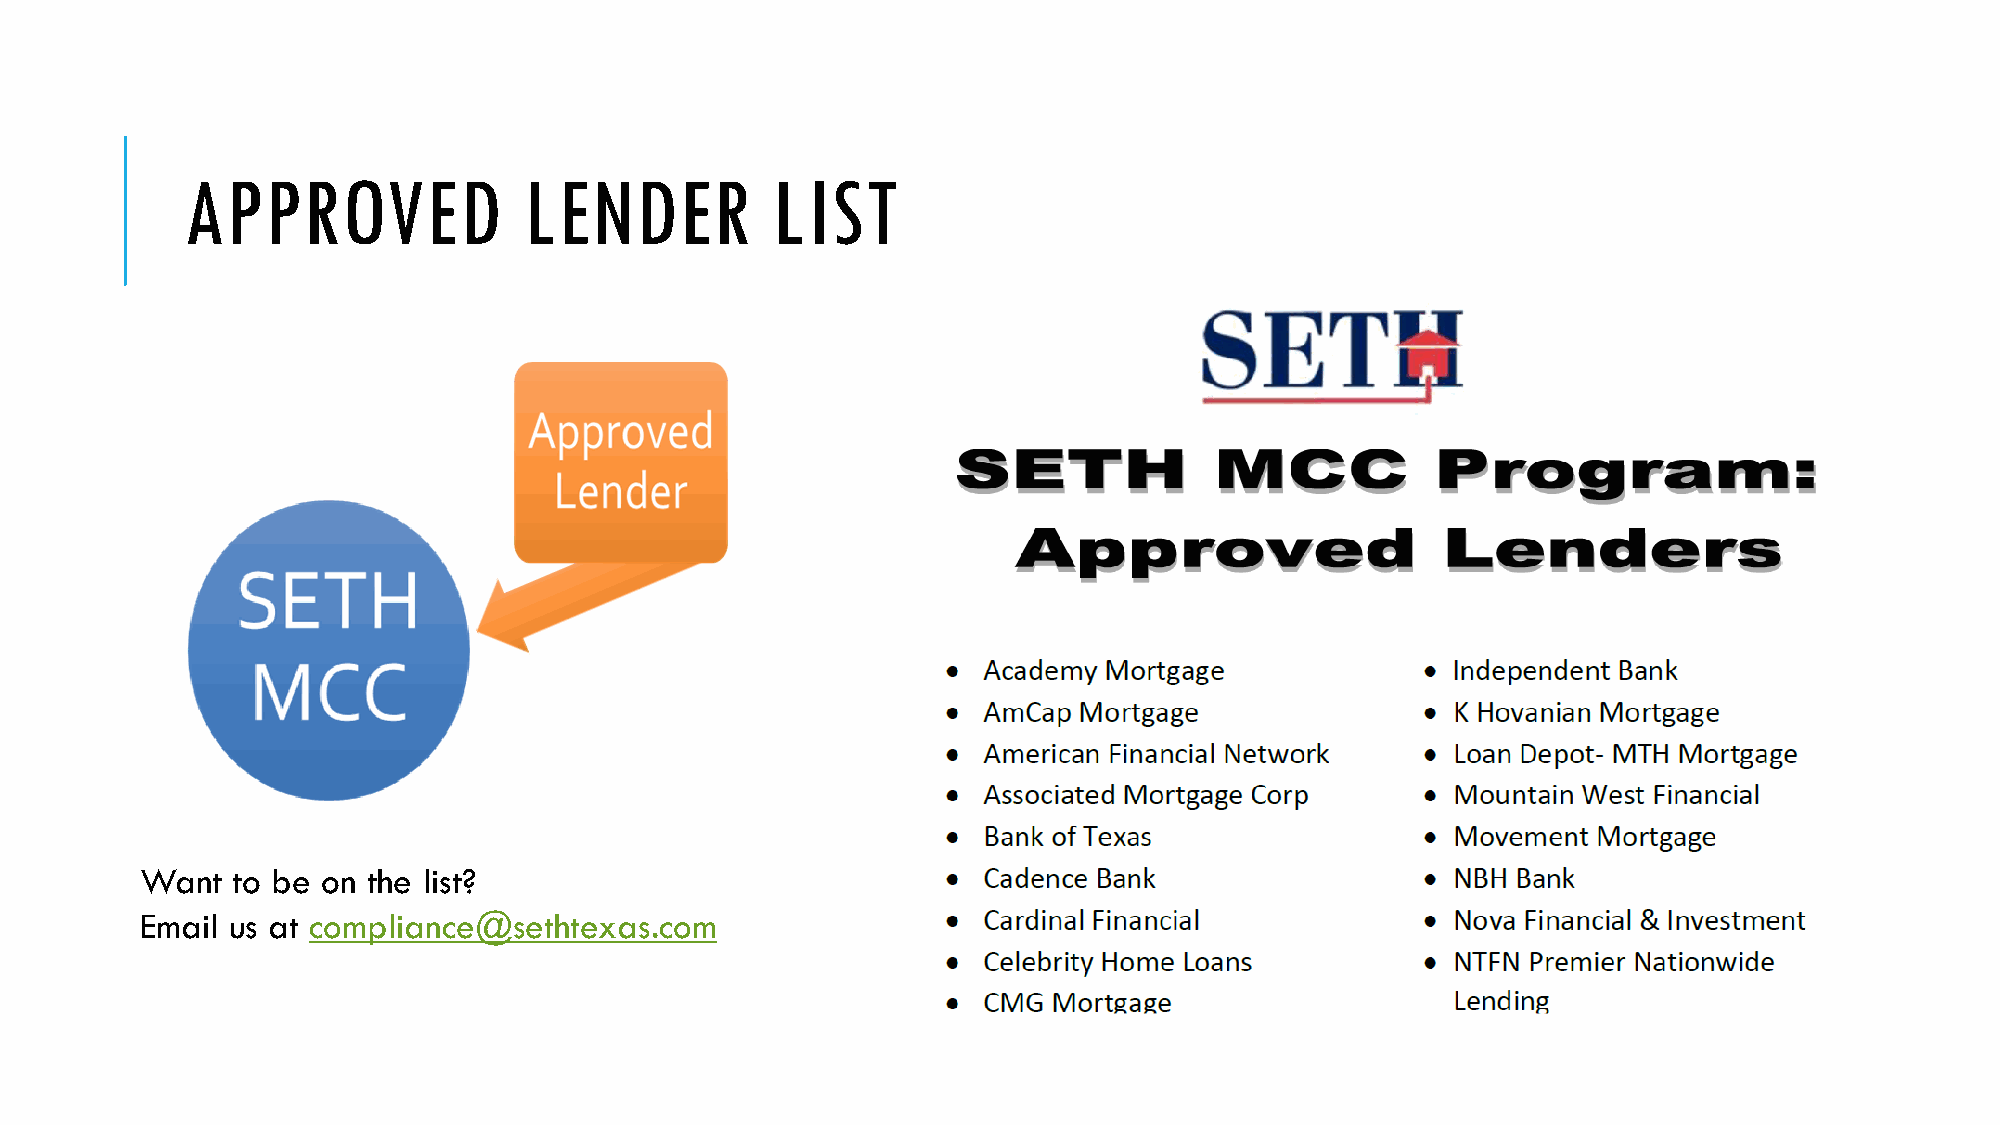
APPROVED               LENDER          LIST
 Want  to be on the list?
 Email us at compliance@sethtexas.com